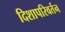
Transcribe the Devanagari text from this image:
दिशापरिवर्तन